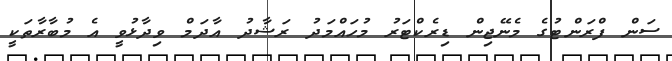
ސަން ފްރަންޓުގެ މެނޭޖިން ޑިރެކްޓަރު މުހައްމަދު ރަޝާދު އާދަމް ވިދާޅުވީ އެ މުބާރާތަކީ